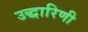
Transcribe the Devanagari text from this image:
उद्धारिणी